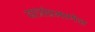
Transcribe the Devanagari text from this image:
यात्रांप्रमाणेच